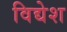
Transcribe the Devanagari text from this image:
विद्येश